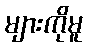
များကိုမူ